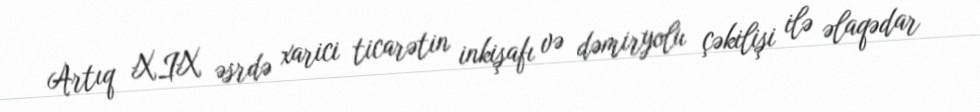
Artıq XIX əsrdə xarici ticarətin inkişafı və dəmiryolu çəkilişi ilə əlaqədar